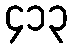
၄၁၃